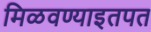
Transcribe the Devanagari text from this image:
मिळवण्याइतपत